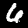
Digit: 6